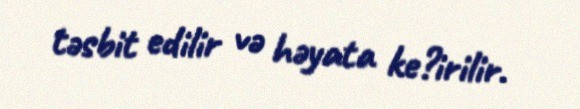
təsbit edilir və həyata ke?irilir.